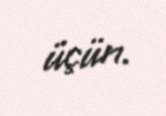
üçün.